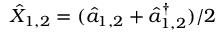
\hat { X } _ { 1 , 2 } = ( \hat { a } _ { 1 , 2 } + \hat { a } _ { 1 , 2 } ^ { \dagger } ) / 2